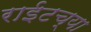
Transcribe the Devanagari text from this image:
राईटच्या